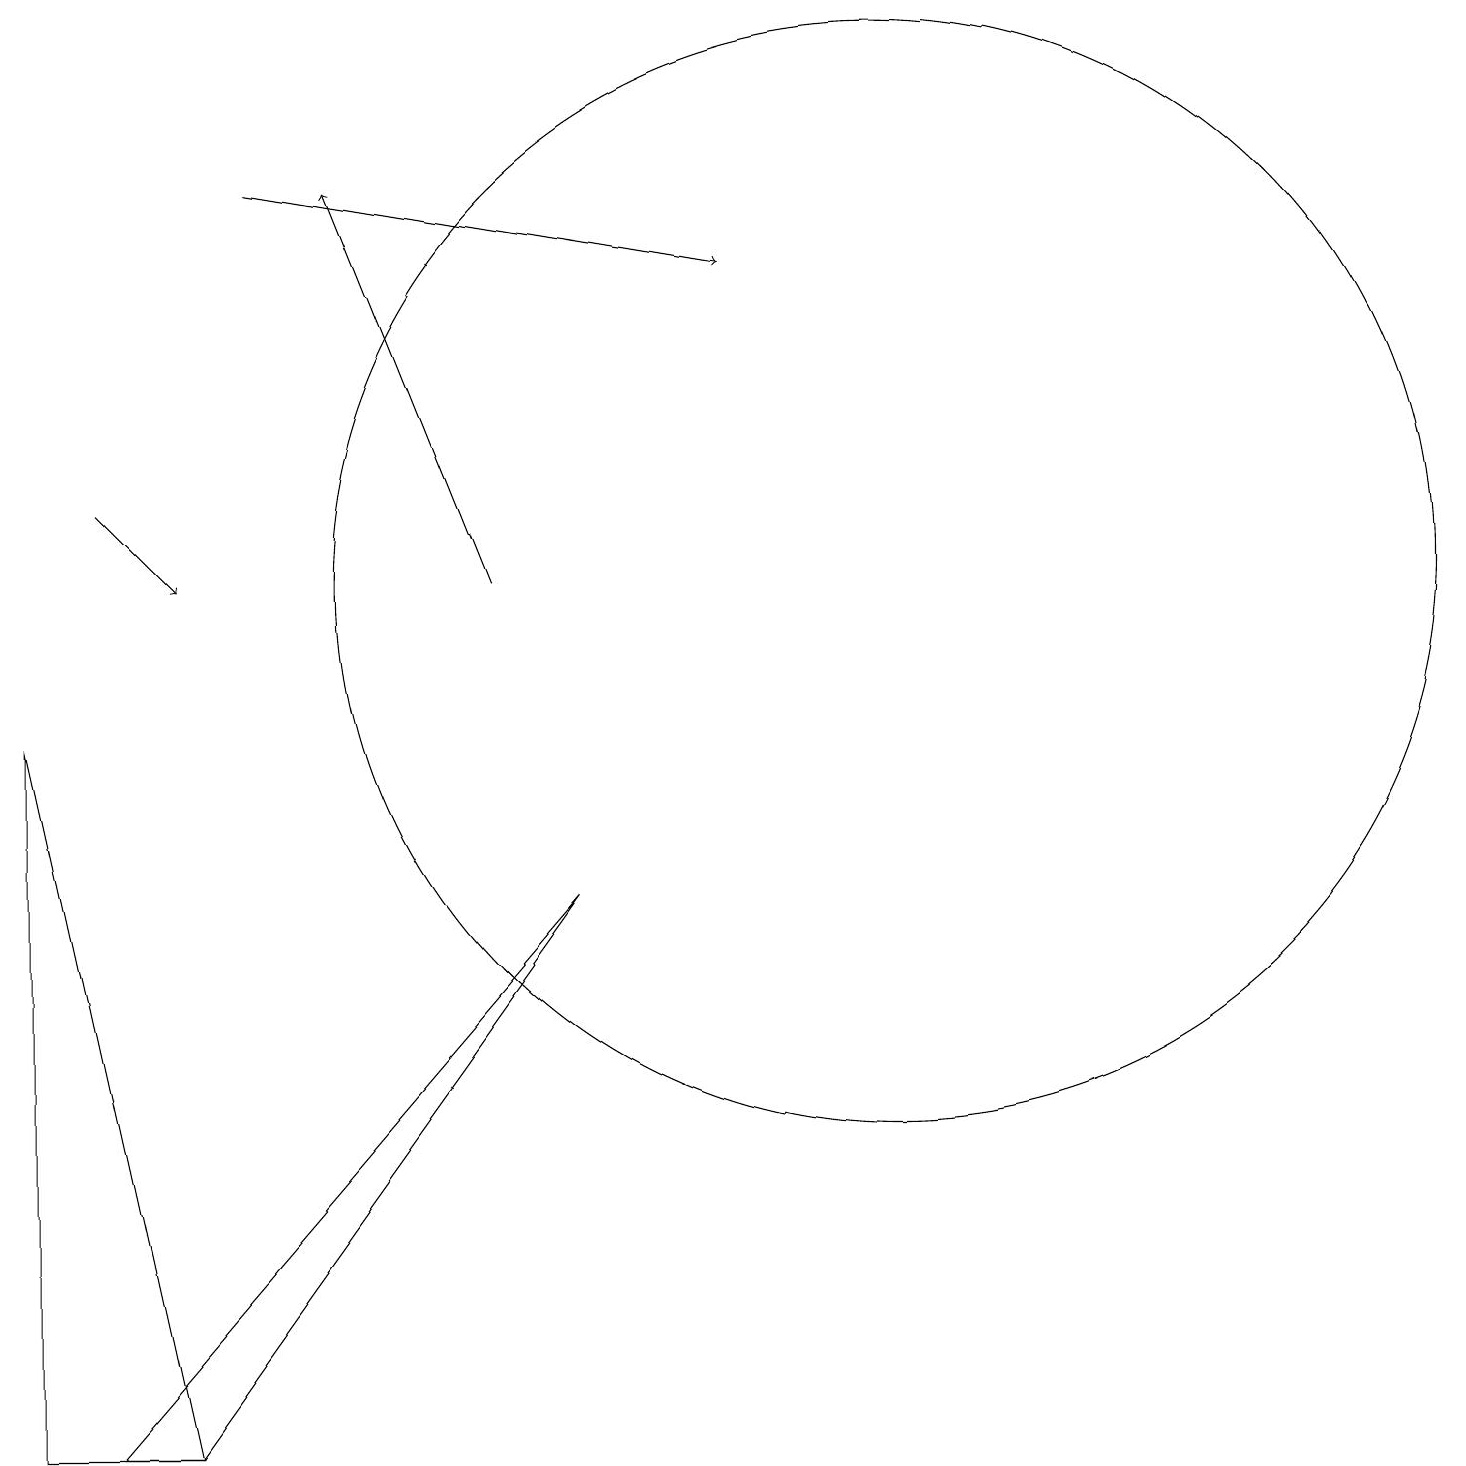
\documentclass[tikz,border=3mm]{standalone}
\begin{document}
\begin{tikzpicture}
\draw (1,0) -- (2,0) -- (7,7) -- cycle;
\draw (0,9) -- (2,0) -- (0,0) -- cycle;
\draw[->] (6,11) -- (4,16);
\draw[->] (1,12) -- (2,11);
\draw (11,10) circle (0);
\draw[->] (3,16) -- (9,15);
\draw (11,11) circle (7);
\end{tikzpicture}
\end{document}